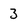
Character: 3